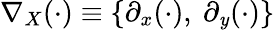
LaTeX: \nabla_{X}(\cdot)\equiv\{ \partial_{x}(\cdot),~\partial_{\mathit{y}}(\cdot)\}